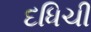
દધિચી